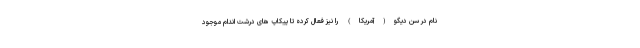
نام در سن دیگو(آمریکا) را نیز فعال کرده تا پیکاپ های درشت اندام موجود